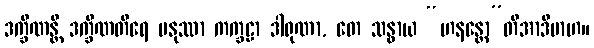
ဒက္ခိဏန္တိ ဒက္ခိဏတီရေ မနုဿာ ကက္ခဠာ ဒါရုဏာ, တေ သန္ဓာယ “ဟနန္တော”တိအာဒိမာဟ။